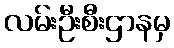
လမ်းဦးစီးဌာနမှ